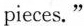
pieces."